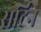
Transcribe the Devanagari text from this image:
सर्टिन